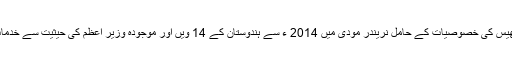
مندرجہ بالا سائیکوپیتھیس کی خصوصیات کے حامل نریندر مودی میں 2014 ء سے ہندوستان کے 14 ویں اور موجودہ وزیر اعظم کی حیثیت سے خدمات انجام دے رہے ہیں۔